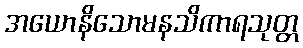
အယောနိသောမနသိကာရသုတ္တ